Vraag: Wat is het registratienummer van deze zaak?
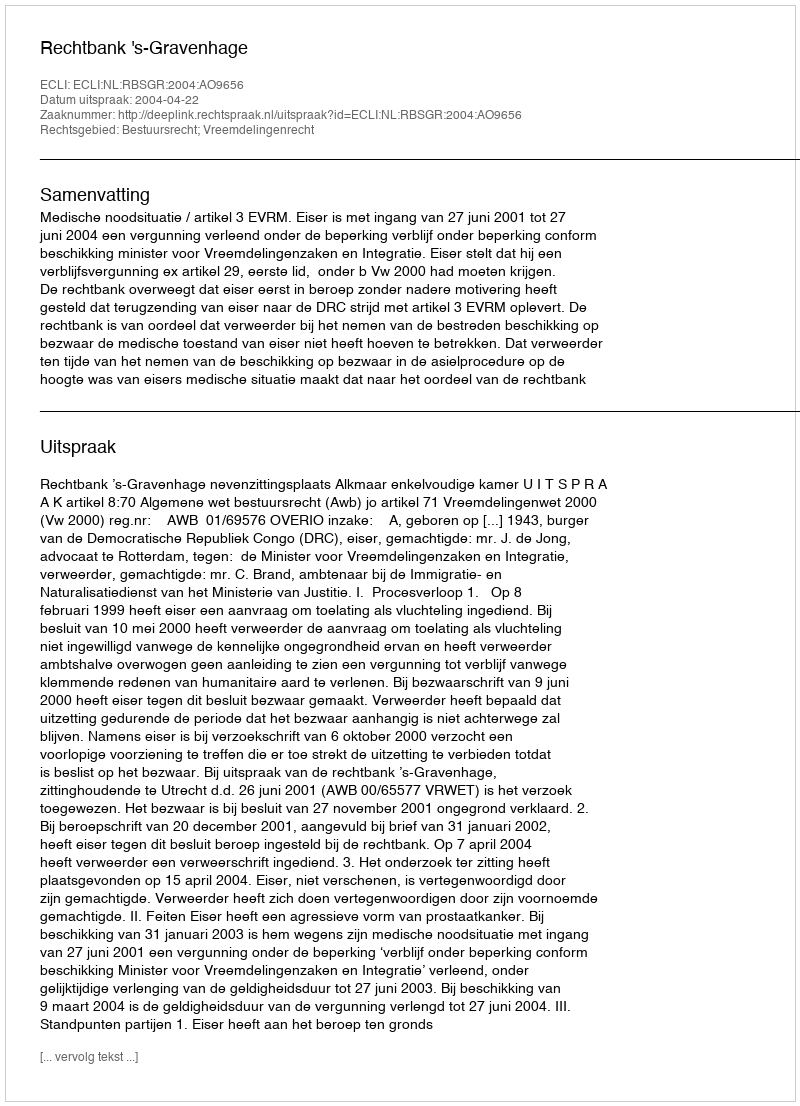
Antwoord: http://deeplink.rechtspraak.nl/uitspraak?id=ECLI:NL:RBSGR:2004:AO9656